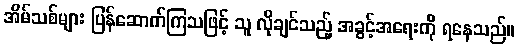
အိမ်သစ်များ ပြန်ဆောက်ကြသဖြင့် သူ လိုချင်သည့် အခွင့်အရေးကို ရနေသည်။